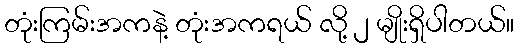
တုံးကြမ်းအကနဲ့ တုံးအကရယ် လို့ ၂ မျိုးရှိပါတယ်။